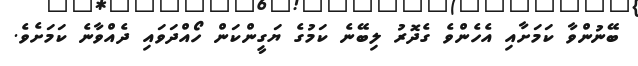
ބޭނުންވާ ކަމަށާއި އެހެންވެ ގެދޮރު ލިބޭނެ ކަމުގެ ޔަގީންކަން ހޯއްދަވައި ދެއްވާނެ ކަމަށެވެ.